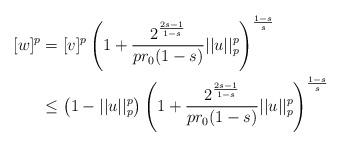
LaTeX: \begin{align*}[w]^p&=[v]^p\left(1+\frac{2^{\frac{2s-1}{1-s}}}{p r_0(1-s)}||u||_p^p\right)^{\frac{1-s}{s}}\\&\leq\left(1-||u||_p^p\right)\left(1+\frac{2^{\frac{2s-1}{1-s}}}{p r_0(1-s)}||u||_p^p\right)^{\frac{1-s}{s}}\end{align*}